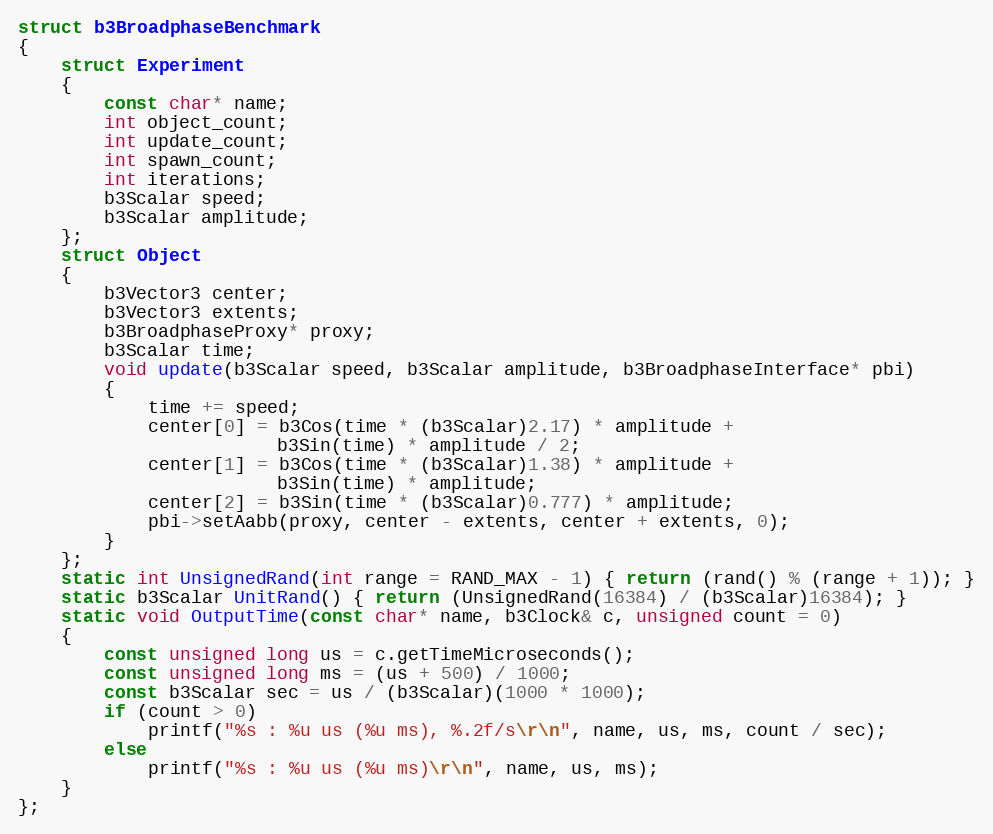
Language: C++
struct b3BroadphaseBenchmark
{
	struct Experiment
	{
		const char* name;
		int object_count;
		int update_count;
		int spawn_count;
		int iterations;
		b3Scalar speed;
		b3Scalar amplitude;
	};
	struct Object
	{
		b3Vector3 center;
		b3Vector3 extents;
		b3BroadphaseProxy* proxy;
		b3Scalar time;
		void update(b3Scalar speed, b3Scalar amplitude, b3BroadphaseInterface* pbi)
		{
			time += speed;
			center[0] = b3Cos(time * (b3Scalar)2.17) * amplitude +
						b3Sin(time) * amplitude / 2;
			center[1] = b3Cos(time * (b3Scalar)1.38) * amplitude +
						b3Sin(time) * amplitude;
			center[2] = b3Sin(time * (b3Scalar)0.777) * amplitude;
			pbi->setAabb(proxy, center - extents, center + extents, 0);
		}
	};
	static int UnsignedRand(int range = RAND_MAX - 1) { return (rand() % (range + 1)); }
	static b3Scalar UnitRand() { return (UnsignedRand(16384) / (b3Scalar)16384); }
	static void OutputTime(const char* name, b3Clock& c, unsigned count = 0)
	{
		const unsigned long us = c.getTimeMicroseconds();
		const unsigned long ms = (us + 500) / 1000;
		const b3Scalar sec = us / (b3Scalar)(1000 * 1000);
		if (count > 0)
			printf("%s : %u us (%u ms), %.2f/s\r\n", name, us, ms, count / sec);
		else
			printf("%s : %u us (%u ms)\r\n", name, us, ms);
	}
};